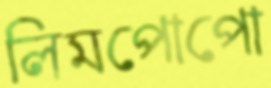
লিমপোপো